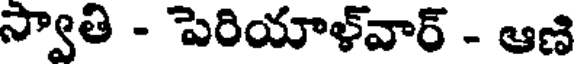
స్వాతి - పెరియాళ్వార్ - ఆణి